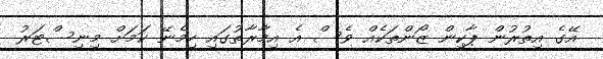
އޭގެ އިތުރުން ޕާކިން ޒޯންތަކެއް ވެސް އެ އިމާރާތުގައި ހިމެނޭ ކަމަށް މިނިސްޓަރު